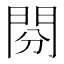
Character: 𨳚